Leaving Certificate Examination, 1910
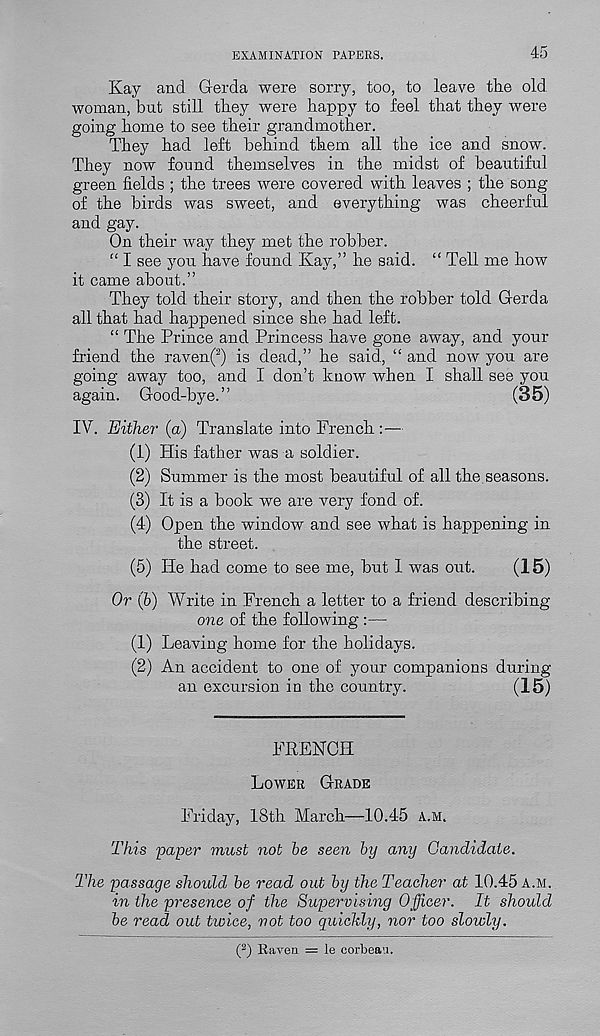
EXAMINATION PAPERS.
45
Kay and Gerda were sorry, too, to leave the old
woman, but still they were happy to feel that they were
going home to see their grandmother.
They had left behind them all the ice and snow.
They now found themselves in the midst of beautiful
green fields ; the trees were covered with leaves ; the song
of the birds was sweet, and everything was cheerful
and gay.
On their way they met the robber.
“ I see you have found Kay,” he said. “ Tell me how
it came about.”
They told their story, and then the robber told Gerda
all that had happened since she had left.
“ The Prince and Princess have gone away, and your
friend the raven( 2 ) is dead,” he said, “ and now you are
going away too, and I don’t know when I shall see you
again. Good-bye.”
(35)
IV. Either (a) Translate into French :—
(1) His father was a soldier.
(2) Summer is the most beautiful of all the. seasons.
(3) It is a book we are very fond of.
(4) Open the window and see what is happening in
the street.
(5) He had come to see me, but I was out.
(15)
Or (b) Write in French a letter to a friend describing
one of the following :—
(1) Leaving home for the holidays.
(2) An accident to one of your companions during
an excursion in the country.
(15)
FRENCH
Lower Grade
Friday, 18th March—10.45 a.m.
This paper must nob be seen by any Candidate.
The passage shoidd be read out by the Teacher at 10.45 a.m.
in the presence of the Supervising Officer. It should
be read out twice, not too quickly, nor too slowly.
( 2 ) Raven = le corbean.